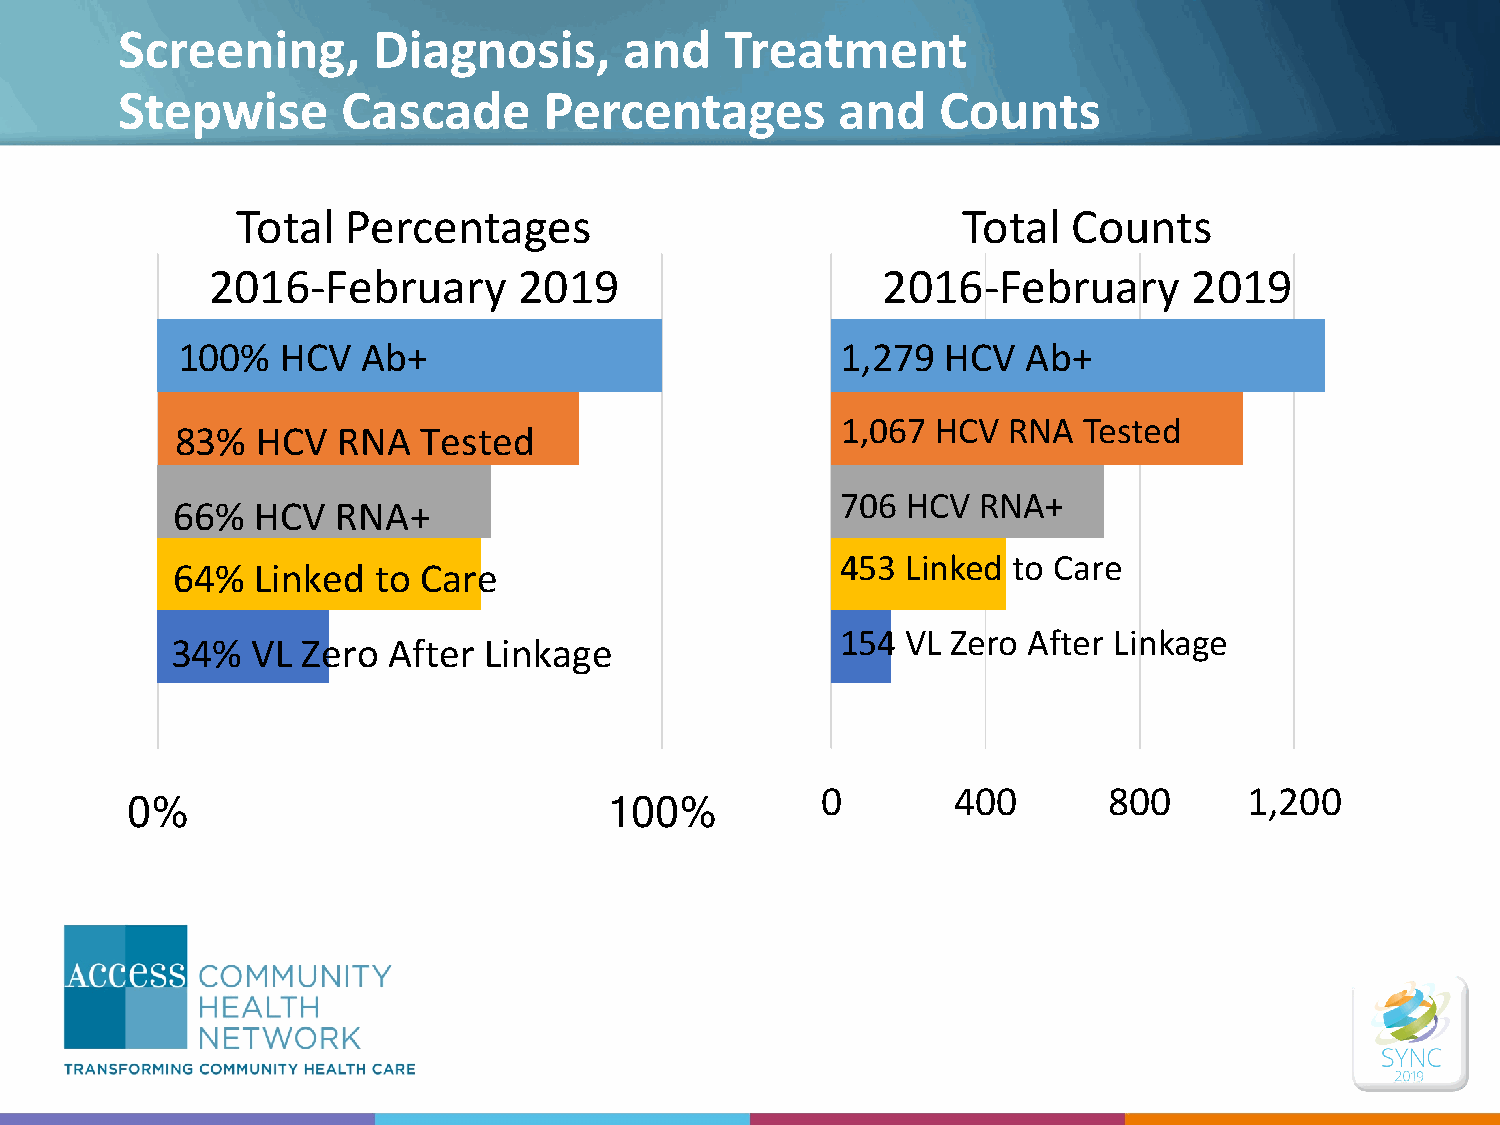
Screening,       Diagnosis,      and    Treatment
 Stepwise       Cascade      Percentages        and    Counts
 Total  Percentages                              Total  Counts
 2016-February       2019                    2016-February        2019
 100%   HCV  Ab+                             1,279  HCV  Ab+
 1,067 HCV  RNA  Tested
 83%  HCV  RNA   Tested
 706 HCV  RNA+
 66%   HCV  RNA+
 453 Linked to Care
 64%   Linked  to Care
 154 VL Zero After Linkage
 34%   VL Zero  After Linkage
 0        400       800       1,200
 0%                              100%